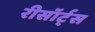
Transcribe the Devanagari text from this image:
रीसॉर्ट्स